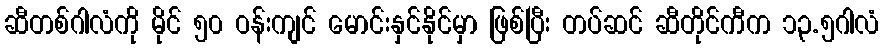
ဆီတစ်ဂါလံကို မိုင် ၅၀ ဝန်းကျင် မောင်းနှင်နိုင်မှာ ဖြစ်ပြီး တပ်ဆင် ဆီတိုင်ကီက ၁၃.၅ဂါလံ